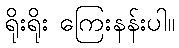
ရိုးရိုး ကြေးနန်းပါ။